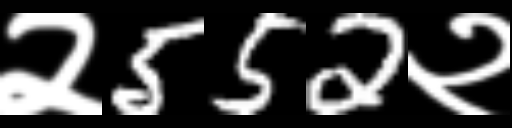
Text: २552२